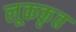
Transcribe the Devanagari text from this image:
लूककृत